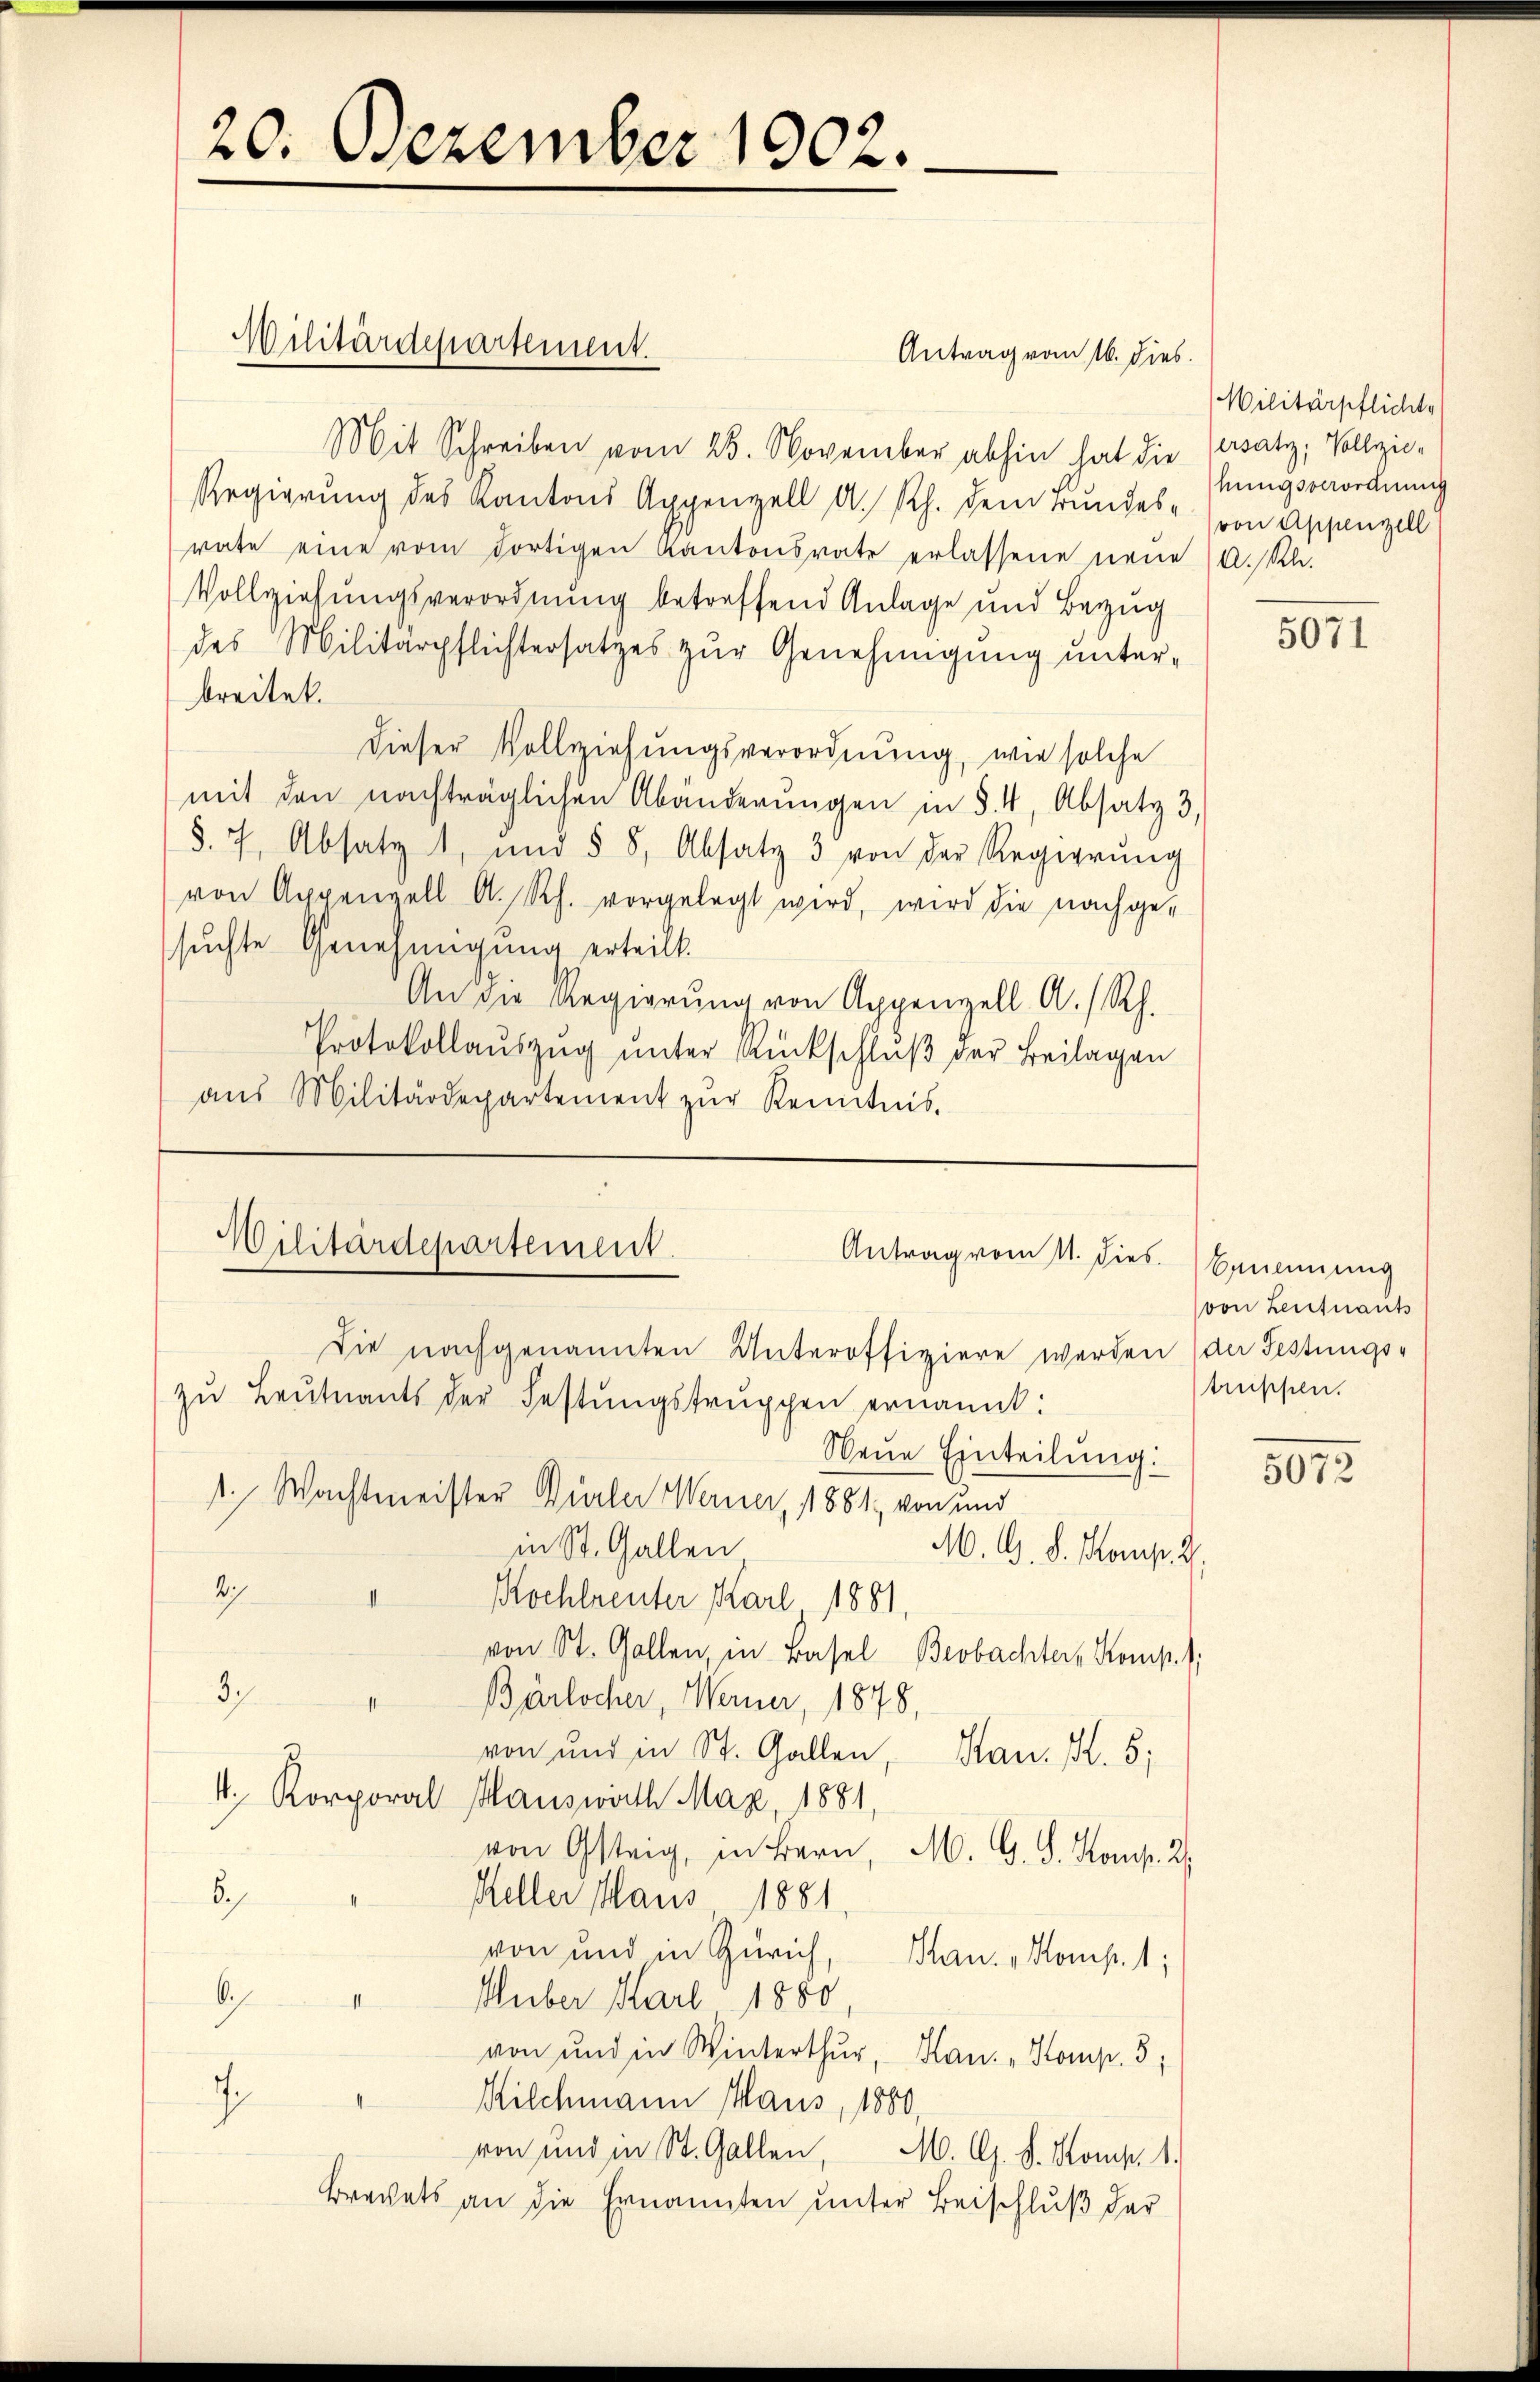
20. Dezember 1902.

Antrag vom 16. dies
Mit Schreiben vom 25. November abhin hat die Gersatz, Vollzie¬
Regierung des Kantons Appenzell A. Rh. dem Bundes- von Appenzell
rate eine vom dortigen Kantonsrate erlassene neue A. Rh.
Vollziehungsverordnung betreffend Anlage und Bezug
des Militärpflichtersatzes zur Genehmigung unterbreitet.
dieser Vollziehungsverordnung, wie solche
mit den nachträglichen Abänderŭngen in § 4, Absatz 3,
§. 7. Absatz 1, und § 8, Absatz 3 von der Regierŭng
von Appenzell A. Rh. vorgelegt wird, wird die nachge-
suchte Genehmigung erteilt.
An die Regierŭng von Appenzell A.-Rh.
Protokollaŭszŭg ŭnter Rückschlŭβ der Beilagen
aŭs Militärdepartement zŭr Kenntnis.

Militärdepartement.

Militärdepartement.
Antrag vom 11. dies. Benennung

Die nachgenannten Unteroffiziere werden (der Festungs-
zŭ Leutnants der Festungstruppen ernannt:
Neue Einteilung:
1. Wachtmeister Dürler Werner, 1881 von und
in St. Gallen
M. 9. d. Komp. 2.
2
Kochleuter Karl 1881
von St. Gallen, in Basel Beobachter, Komp.
3
Bärlocher, Werner, 1878,
von und in St. Gallen, San. K. 5;
4. Korporal Mauswirth Max 1881,
von Gesteig, in Bern, M. G. S. Komp. 2.
6
Keller Maus 1881
von und in Zürich, Han. „Komp. 1;
bs
Huber Karl 1880,
von und in Winterthur, Han. „Komp. 5;
.
" Kilchmann Haus, 1880,
von und in St. Gallen,
M. G. S. Komp. 1.
Brachets an die Ernannten unter Beischluß der

Militärpflichte
hungsverordnung

5071

von Leutnants
truppen.

5012